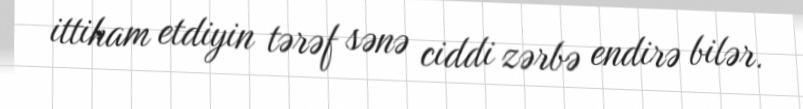
ittiham etdiyin tərəf sənə ciddi zərbə endirə bilər.